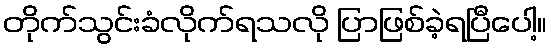
တိုက်သွင်းခံလိုက်ရသလို ပြာဖြစ်ခဲ့ရပြီပေါ့။